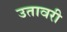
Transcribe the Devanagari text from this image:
उतावरी